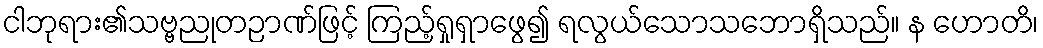
ငါဘုရား၏သဗ္ဗညုတဉာဏ်ဖြင့် ကြည့်ရှုရှာဖွေ၍ ရလွယ်သောသဘောရှိသည်။ န ဟောတိ၊